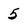
Character: 5